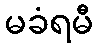
မခံရမီ